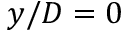
y / D = 0